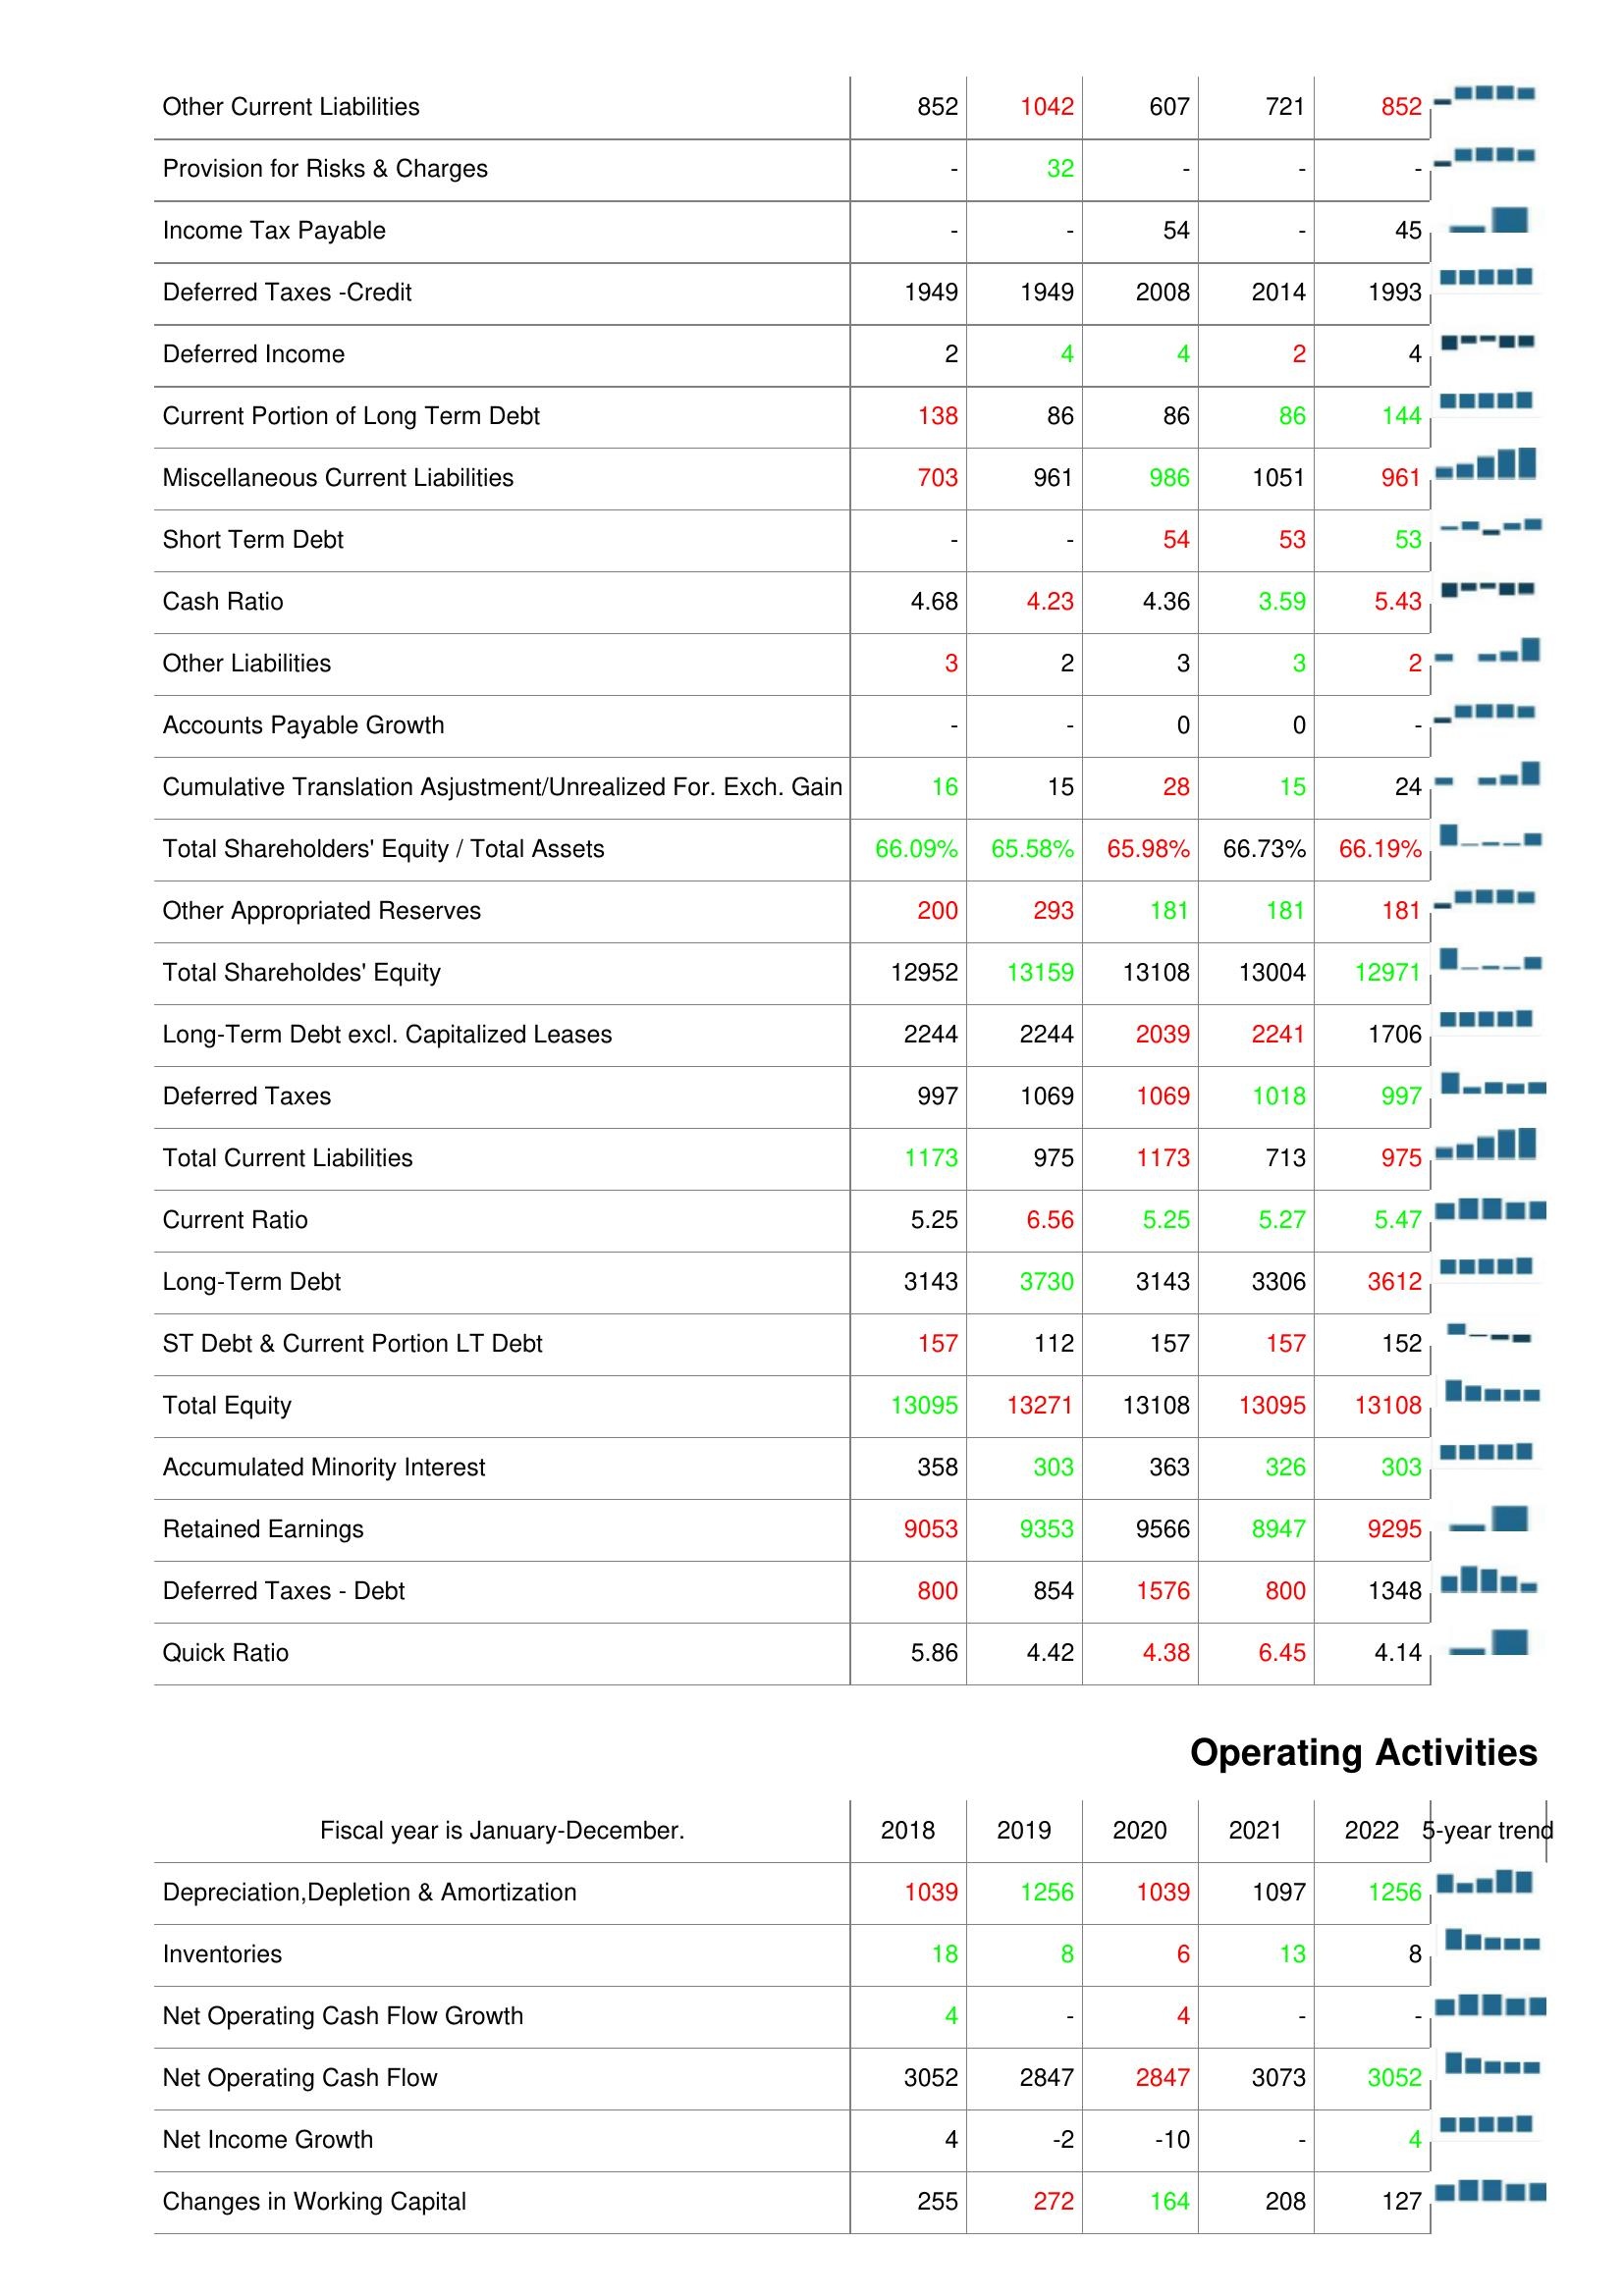
2018: Liabilities & Shareholder's Equity: Other Current Liabilities: 852
Provision for Risks & Charges: -
Income Tax Payable: -
Deferred Taxes -Credit: 1949
Deferred Income: 2
Current Portion of Long Term Debt: 138
Miscellaneous Current Liabilities: 703
Short Term Debt: -
Cash Ratio: 4.68
Other Liabilities: 3
Accounts Payable Growth: -
Cumulative Translation Asjustment/Unrealized For. Exch. Gain: 16
Total Shareholders' Equity / Total Assets: 66.09%
Other Appropriated Reserves: 200
Total Shareholdes' Equity: 12952
Long-Term Debt excl. Capitalized Leases: 2244
Deferred Taxes: 997
Total Current Liabilities: 1173
Current Ratio: 5.25
Long-Term Debt: 3143
ST Debt & Current Portion LT Debt: 157
Total Equity: 13095
Accumulated Minority Interest: 358
Retained Earnings: 9053
Deferred Taxes - Debt: 800
Quick Ratio: 5.86
Operating Activities: Depreciation,Depletion & Amortization: 1039
Inventories: 18
Net Operating Cash Flow Growth: 4
Net Operating Cash Flow: 3052
Net Income Growth: 4
Changes in Working Capital: 255
2019: Liabilities & Shareholder's Equity: Other Current Liabilities: 1042
Provision for Risks & Charges: 32
Income Tax Payable: -
Deferred Taxes -Credit: 1949
Deferred Income: 4
Current Portion of Long Term Debt: 86
Miscellaneous Current Liabilities: 961
Short Term Debt: -
Cash Ratio: 4.23
Other Liabilities: 2
Accounts Payable Growth: -
Cumulative Translation Asjustment/Unrealized For. Exch. Gain: 15
Total Shareholders' Equity / Total Assets: 65.58%
Other Appropriated Reserves: 293
Total Shareholdes' Equity: 13159
Long-Term Debt excl. Capitalized Leases: 2244
Deferred Taxes: 1069
Total Current Liabilities: 975
Current Ratio: 6.56
Long-Term Debt: 3730
ST Debt & Current Portion LT Debt: 112
Total Equity: 13271
Accumulated Minority Interest: 303
Retained Earnings: 9353
Deferred Taxes - Debt: 854
Quick Ratio: 4.42
Operating Activities: Depreciation,Depletion & Amortization: 1256
Inventories: 8
Net Operating Cash Flow Growth: -
Net Operating Cash Flow: 2847
Net Income Growth: -2
Changes in Working Capital: 272
2020: Liabilities & Shareholder's Equity: Other Current Liabilities: 607
Provision for Risks & Charges: -
Income Tax Payable: 54
Deferred Taxes -Credit: 2008
Deferred Income: 4
Current Portion of Long Term Debt: 86
Miscellaneous Current Liabilities: 986
Short Term Debt: 54
Cash Ratio: 4.36
Other Liabilities: 3
Accounts Payable Growth: 0
Cumulative Translation Asjustment/Unrealized For. Exch. Gain: 28
Total Shareholders' Equity / Total Assets: 65.98%
Other Appropriated Reserves: 181
Total Shareholdes' Equity: 13108
Long-Term Debt excl. Capitalized Leases: 2039
Deferred Taxes: 1069
Total Current Liabilities: 1173
Current Ratio: 5.25
Long-Term Debt: 3143
ST Debt & Current Portion LT Debt: 157
Total Equity: 13108
Accumulated Minority Interest: 363
Retained Earnings: 9566
Deferred Taxes - Debt: 1576
Quick Ratio: 4.38
Operating Activities: Depreciation,Depletion & Amortization: 1039
Inventories: 6
Net Operating Cash Flow Growth: 4
Net Operating Cash Flow: 2847
Net Income Growth: -10
Changes in Working Capital: 164
2021: Liabilities & Shareholder's Equity: Other Current Liabilities: 721
Provision for Risks & Charges: -
Income Tax Payable: -
Deferred Taxes -Credit: 2014
Deferred Income: 2
Current Portion of Long Term Debt: 86
Miscellaneous Current Liabilities: 1051
Short Term Debt: 53
Cash Ratio: 3.59
Other Liabilities: 3
Accounts Payable Growth: 0
Cumulative Translation Asjustment/Unrealized For. Exch. Gain: 15
Total Shareholders' Equity / Total Assets: 66.73%
Other Appropriated Reserves: 181
Total Shareholdes' Equity: 13004
Long-Term Debt excl. Capitalized Leases: 2241
Deferred Taxes: 1018
Total Current Liabilities: 713
Current Ratio: 5.27
Long-Term Debt: 3306
ST Debt & Current Portion LT Debt: 157
Total Equity: 13095
Accumulated Minority Interest: 326
Retained Earnings: 8947
Deferred Taxes - Debt: 800
Quick Ratio: 6.45
Operating Activities: Depreciation,Depletion & Amortization: 1097
Inventories: 13
Net Operating Cash Flow Growth: -
Net Operating Cash Flow: 3073
Net Income Growth: -
Changes in Working Capital: 208
2022: Liabilities & Shareholder's Equity: Other Current Liabilities: 852
Provision for Risks & Charges: -
Income Tax Payable: 45
Deferred Taxes -Credit: 1993
Deferred Income: 4
Current Portion of Long Term Debt: 144
Miscellaneous Current Liabilities: 961
Short Term Debt: 53
Cash Ratio: 5.43
Other Liabilities: 2
Accounts Payable Growth: -
Cumulative Translation Asjustment/Unrealized For. Exch. Gain: 24
Total Shareholders' Equity / Total Assets: 66.19%
Other Appropriated Reserves: 181
Total Shareholdes' Equity: 12971
Long-Term Debt excl. Capitalized Leases: 1706
Deferred Taxes: 997
Total Current Liabilities: 975
Current Ratio: 5.47
Long-Term Debt: 3612
ST Debt & Current Portion LT Debt: 152
Total Equity: 13108
Accumulated Minority Interest: 303
Retained Earnings: 9295
Deferred Taxes - Debt: 1348
Quick Ratio: 4.14
Operating Activities: Depreciation,Depletion & Amortization: 1256
Inventories: 8
Net Operating Cash Flow Growth: -
Net Operating Cash Flow: 3052
Net Income Growth: 4
Changes in Working Capital: 127